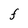
Character: F